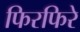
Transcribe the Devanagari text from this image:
फिरफिरे